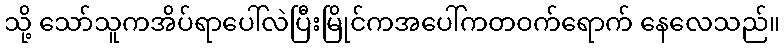
သို့ သော်သူကအိပ်ရာပေါ်လဲပြီးမြိုင်ကအပေါ်ကတဝက်ရောက် နေလေသည်။